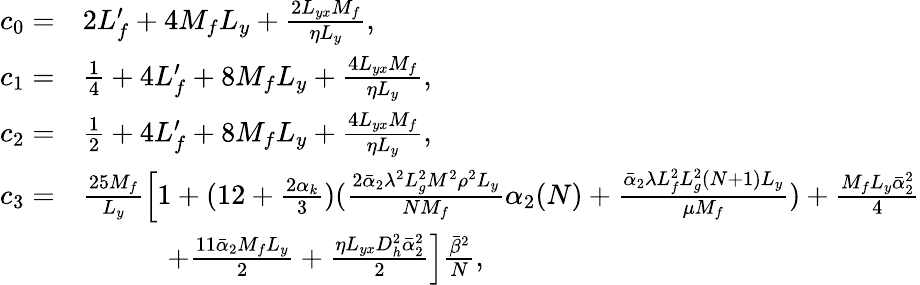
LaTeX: \begin{array}{rl}{c_{0}=}&{2L_{f}^{\prime}+4M_{f}L_{y}+\frac{2L_{yx}M_{f}}{\eta L_{y}},}\\ {c_{1}=}&{\frac{1}{4}+4L_{f}^{\prime}+8M_{f}L_{y}+\frac{4L_{yx}M_{f}}{\eta L_{y}},}\\ {c_{2}=}&{\frac{1}{2}+4L_{f}^{\prime}+8M_{f}L_{y}+\frac{4L_{yx}M_{f}}{\eta L_{y}},}\\ {c_{3}=}&{\frac{25M_{f}}{L_{y}}\Big[1+(12+\frac{2\alpha_{k}}{3})(\frac{2\bar{\alpha}_{2}\lambda^{2}L_{g}^{2}M^{2}\rho^{2}L_{y}}{NM_{f}}\alpha_{2}(N)+\frac{\bar{\alpha}_{2}\lambda L_{f}^{2}L_{g}^{2}(N+1)L_{y}}{\mu M_{f}})+\frac{M_{f}L_{y}\bar{\alpha}_{2}^{2}}{4}}\\ &{\quad\qquad+\frac{11\bar{\alpha}_{2}M_{f}L_{y}}{2}+\frac{\eta L_{yx}D_{h}^{2}\bar{\alpha}_{2}^{2}}{2}\Big]\frac{\bar{\beta}^{2}}{N},}\end{array}